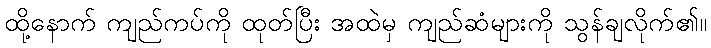
ထို့နောက် ကျည်ကပ်ကို ထုတ်ပြီး အထဲမှ ကျည်ဆံများကို သွန်ချလိုက်၏။